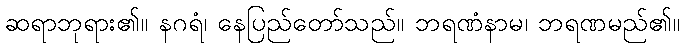
ဆရာဘုရား၏။ နဂရံ၊ နေပြည်တော်သည်။ ဘရဏံနာမ၊ ဘရဏမည်၏။